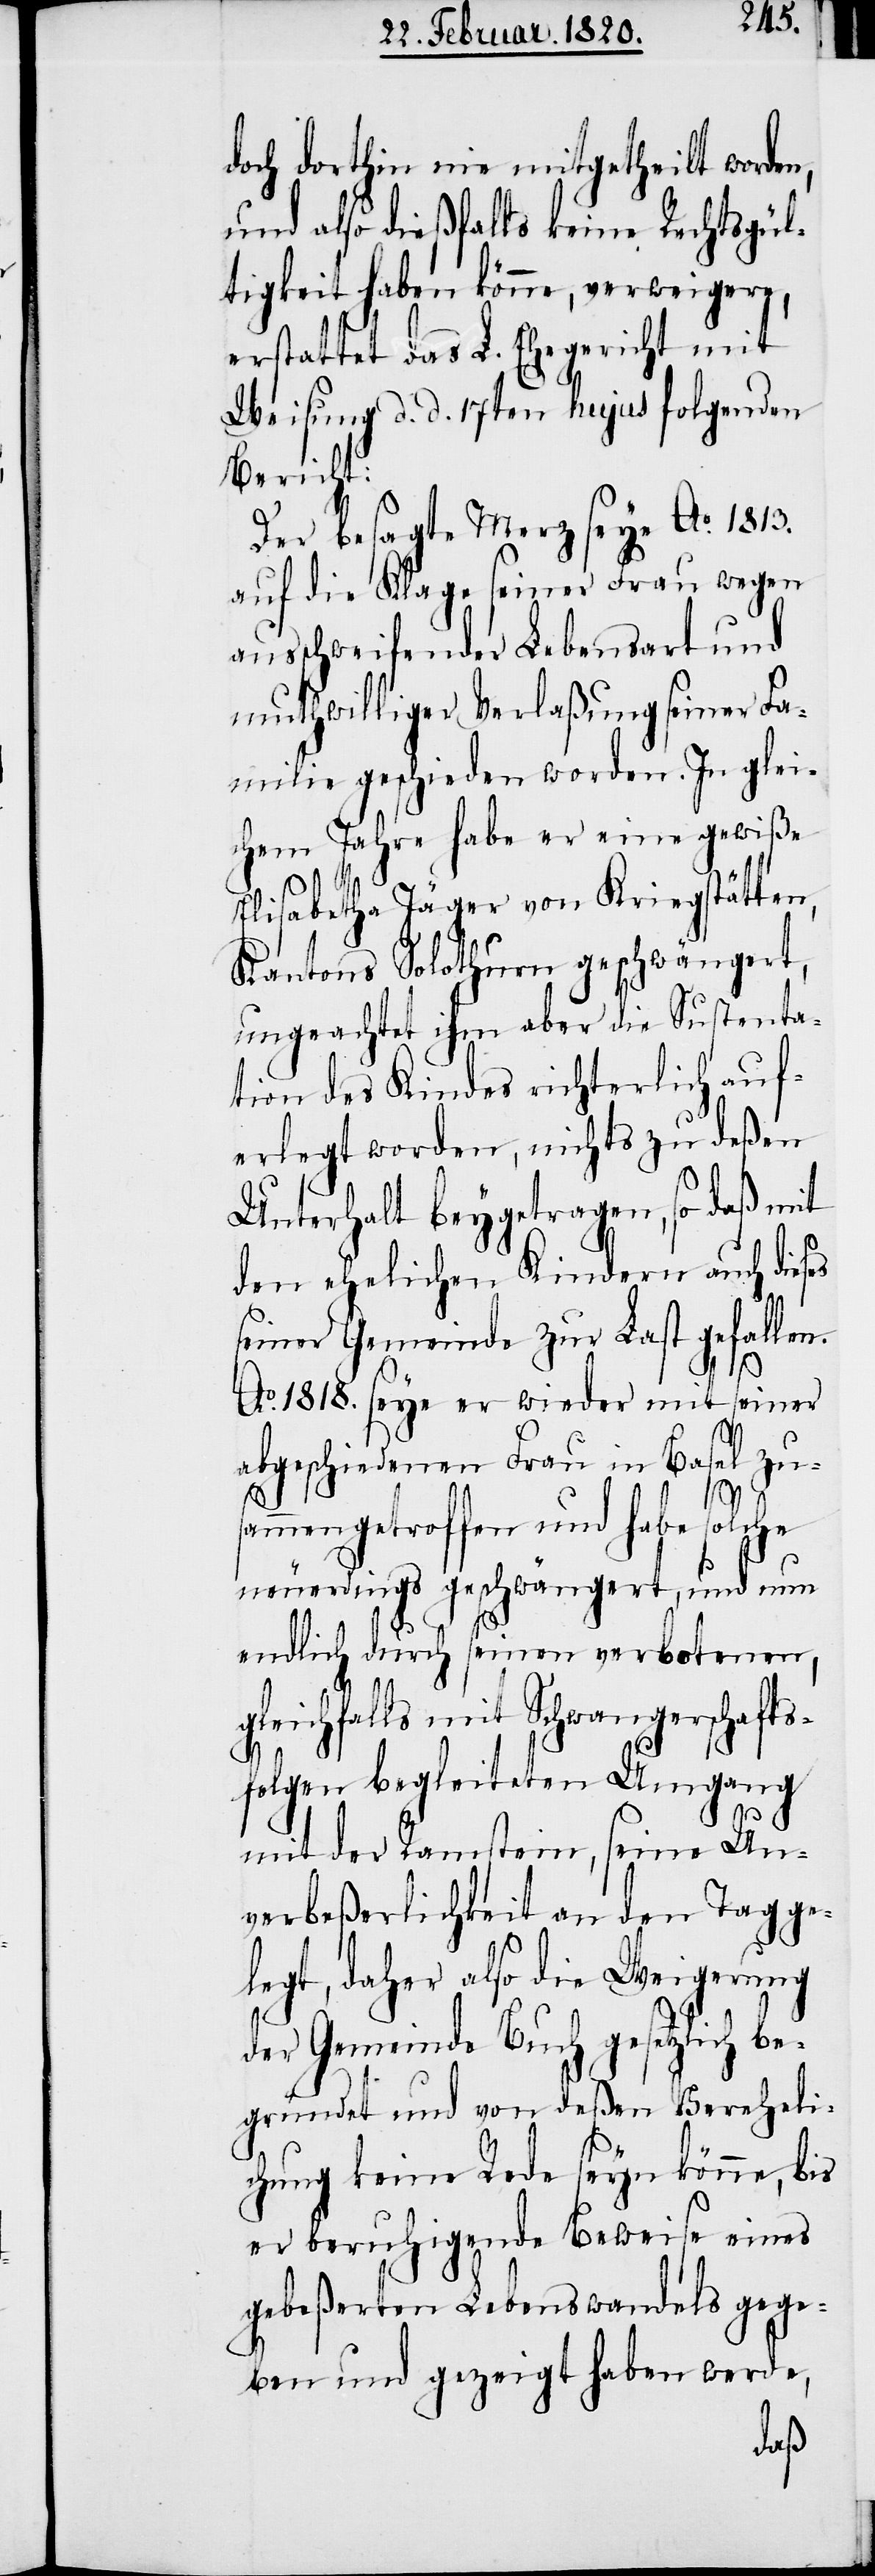
doch dorthin nie mitgetheilt worden,
und also dießfalls keine Rechtsgül¬
tigkeit haben könne, verweigere,
erstattet das L. Ehegericht mit
Weisung d. d. 17ten hujus folgenden
Bericht:
Der besagte Merz seye Ao. 1813.
auf die Klage seiner Frau wegen
ausschweifender Lebensart und
muthwilliger Verlaßung seiner Fa¬
milie geschieden worden. In glei¬
chem Jahre habe er eine gewiße
Elisabetha Jäger von Kriegstätten,
Kantons Solothurn geschwängert,
ungeachtet ihm aber die Sustenta¬
tion des Kindes richterlich auf¬
erlegt worden, nichts zu deßen
Unterhalt beygetragen, so daß mit
den ehelichen Kindern auch dieses
seiner Gemeinde zur Last gefallen.
Ao. 1818. seye er wieder mit seiner
abgeschiedenen Frau in Basel zu¬
g¬
sammengetroffen und habe solche
neuerdings geschwängert, und nun
endlich durch seinen verbotenen,
leichfalls mit Schwangerschafts¬
folgen begleiteten Umgang
mit der Ramstein, seine Un¬
verbeßerlichkeit an den Tag ge¬
legt, daher also die Weigerung
der Gemeinde Buch gesetzlich be¬
gründet und von deßen Vereheli¬
chung keine Rede seyn könne, bis
er beruhigende Beweise eines
gebeßerten Lebenswandels gege¬
ben und gezeigt haben werde,